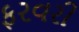
ફરવરી